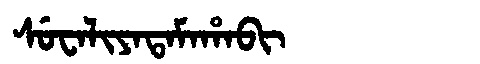
Manchu: ᠰᡠᠸᠠᠯᡳᠶᠠᡨᠠᠮᠠᡥᠠᠪᡳ
Romanization: SUWALIYATAMAHABI